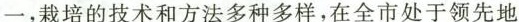
一，栽培的技术和方法多种多样，在全市处于领先地